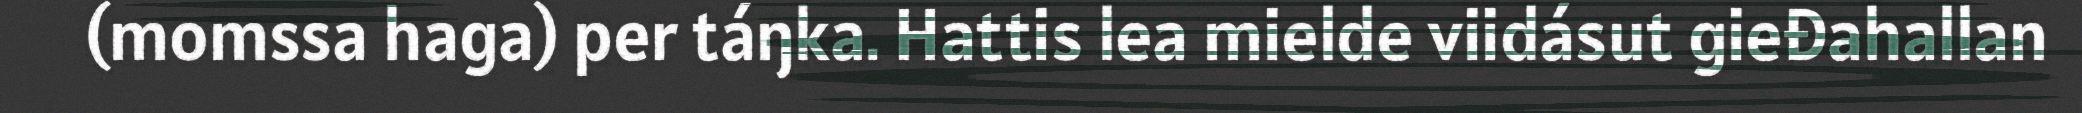
(momssa haga) per táŋka. Hattis lea mielde viidásut gieđahallan